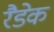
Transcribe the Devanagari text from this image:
रैडेक